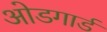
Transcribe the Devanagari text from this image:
ओडगार्ड